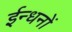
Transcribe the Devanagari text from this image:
ईन्धनों